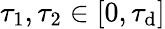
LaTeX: \tau_{1},\tau_{2}\in[0,\tau_{\mathrm{d}}]